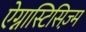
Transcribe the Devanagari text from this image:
ऐग्नास्टिसिज़्म